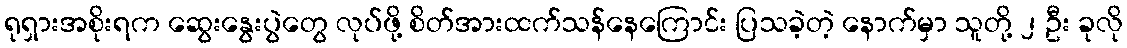
ရုရှားအစိုးရက ဆွေးနွေးပွဲတွေ လုပ်ဖို့ စိတ်အားထက်သန်နေကြောင်း ပြသခဲ့တဲ့ နောက်မှာ သူတို့ ၂ ဦး ခုလို